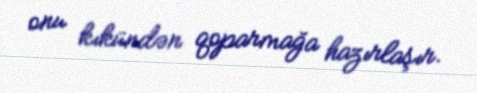
onu kıkündən qoparmağa hazırlaşır.